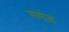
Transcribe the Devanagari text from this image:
गमंड